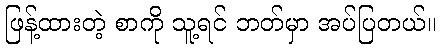
ဖြန့်ထားတဲ့ စာကို သူ့ရင် ဘတ်မှာ အပ်ပြတယ်။